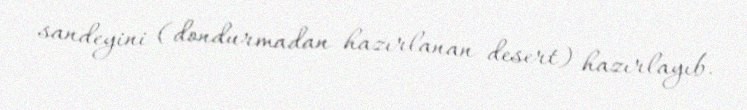
sandeyini (dondurmadan hazırlanan desert) hazırlayıb.